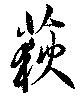
荻